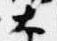
大